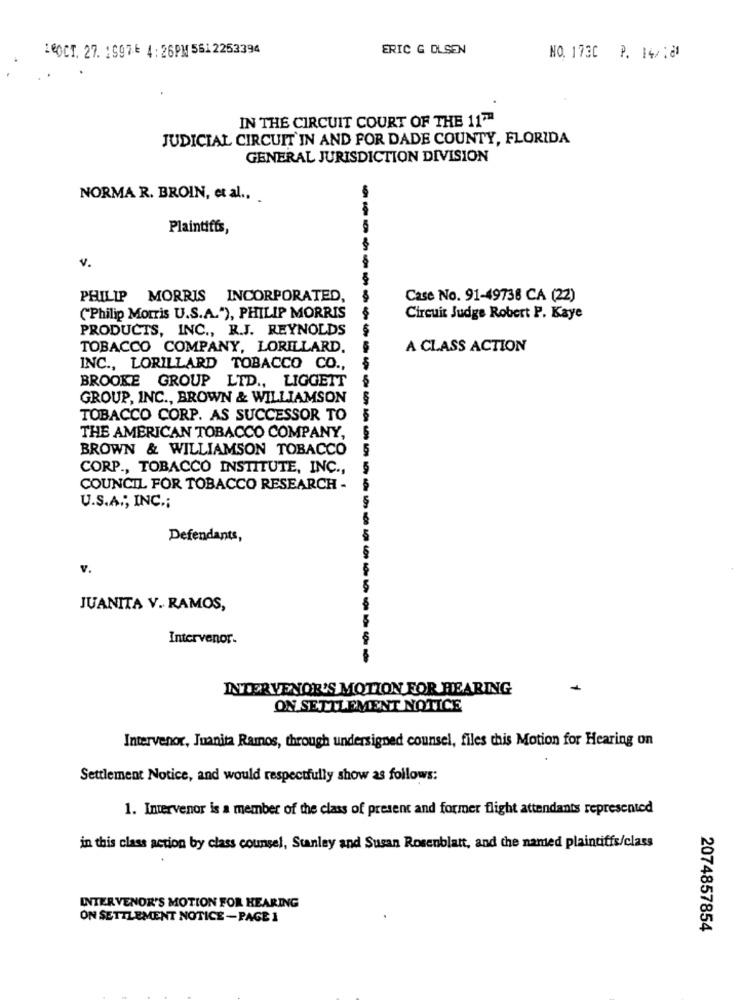
16OCT. 27. 1997- 4 : 26PM 561 2253394
ERIC G OLSEN
NO. 1730 P. 14/101
IN THE CIRCUIT COURT OF THE 1177
JUDICIAL CIRCUIT IN AND FOR DADE COUNTY, FLORIDA
GENERAL JURISDICTION DIVISION
NORMA R. BROIN, et al .,
Plaintiffs,
v.
PHILIP MORRIS INCORPORATED,
Case No. 91-49738 CA (22)
("Philip Morris U.S.A."), PHILIP MORRIS
----------
Circuit Judge Robert P. Kaye
PRODUCTS, INC ., R.J. REYNOLDS
TOBACCO COMPANY, LORILLARD.
A CLASS ACTION
INC ., LORILLARD TOBACCO CO .,
BROOKE GROUP LTD ., LIGGEIT
GROUP, INC ., BROWN & WILLIAMSON
TOBACCO CORP. AS SUCCESSOR TO
THE AMERICAN TOBACCO COMPANY,
BROWN & WILLIAMSON TOBACCO
CORP ., TOBACCO INSTITUTE, INC .,
COUNCIL FOR TOBACCO RESEARCH -
U.S.A ., INC .;
Defendants,
v.
JUANITA V. RAMOS,
Intervenor.
INTERVENOR'S MOTION FOR HEARING
ON SETTLEMENT NOTICE
Intervenor, Juanita Ramos, through undersigned counsel, files this Motion for Hearing on
Settlement Notice, and would respectfully show as follows:
1. Intervenor is a member of the class of present and former flight attendants represented
in this class action by class counsel, Stanley and Susan Rosenblatt, and the named plaintiffs/class
INTERVENOR'S MOTION FOR HEARING
ON SETTLEMENT NOTICE -PAGE 1
2074857854